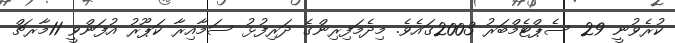
ކުރެވުނީ 29 ސެޕްޓެމްބަރު 2003ގައެވެ. މިދެމަފިރިންގެ ދަރިފުޅު ސަމާއިރާ ކަޕޫރު އުފަންވީ 11މާރޗް